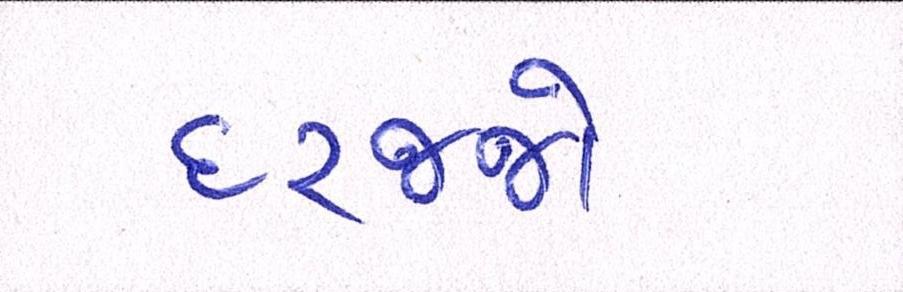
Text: દરજ્જો